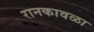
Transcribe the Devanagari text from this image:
रानकावळा